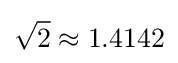
{\sqrt {2}}\approx 1.4142